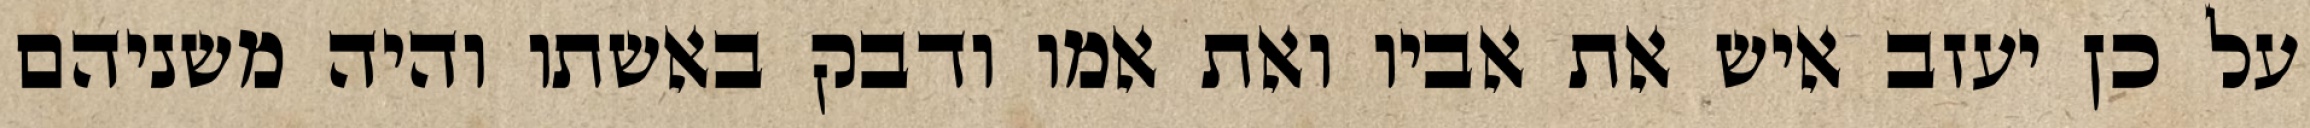
על כן יעזב איש את אביו ואת אמו ודבק באשתו והיה משניהם